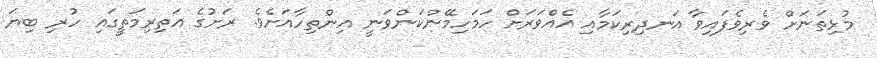
މުޅިތަނަށް ވެރިވެފައިވާ އަނދިރިކަމާއި އެއްވަރަށް ހަމަހިމޭންކަންވަނީ އިންތިހާއަށެވެ. ރަށުގެ އަތިރިމަތީގައި ހުރި ބިޔަ